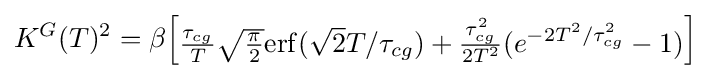
K^{G}(T)^{2}=\beta {\begin{bmatrix}{\frac {\tau _{cg}}{T}}{\sqrt {\frac {\pi }{2}}}\mathrm {erf} ({\sqrt {2}}T/\tau _{cg})+{\frac {\tau _{cg}^{2}}{2T^{2}}}(e^{-2T^{2}/\tau _{cg}^{2}}-1)\end{bmatrix}}